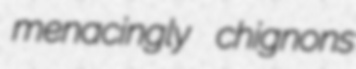
menacingly chignons